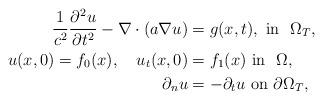
LaTeX: \begin{align*}\frac{1}{c^2}\frac{\partial^2 u}{\partial t^2} - \nabla \cdot ( a \nabla u) &= g(x,t),~ \mbox{in}~~ \Omega_T, \\ u(x,0) = f_0(x), ~~~u_t(x,0) &= f_1(x)~ \mbox{in}~~ \Omega, \\\partial _{n} u& =-\partial _{t} u ~\mbox{on}~ \partial \Omega_T,\\\end{align*}